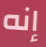
إنه